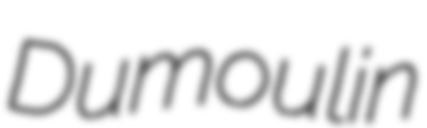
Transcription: Dumoulin